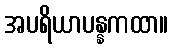
အပရိယာပန္နကထာ။